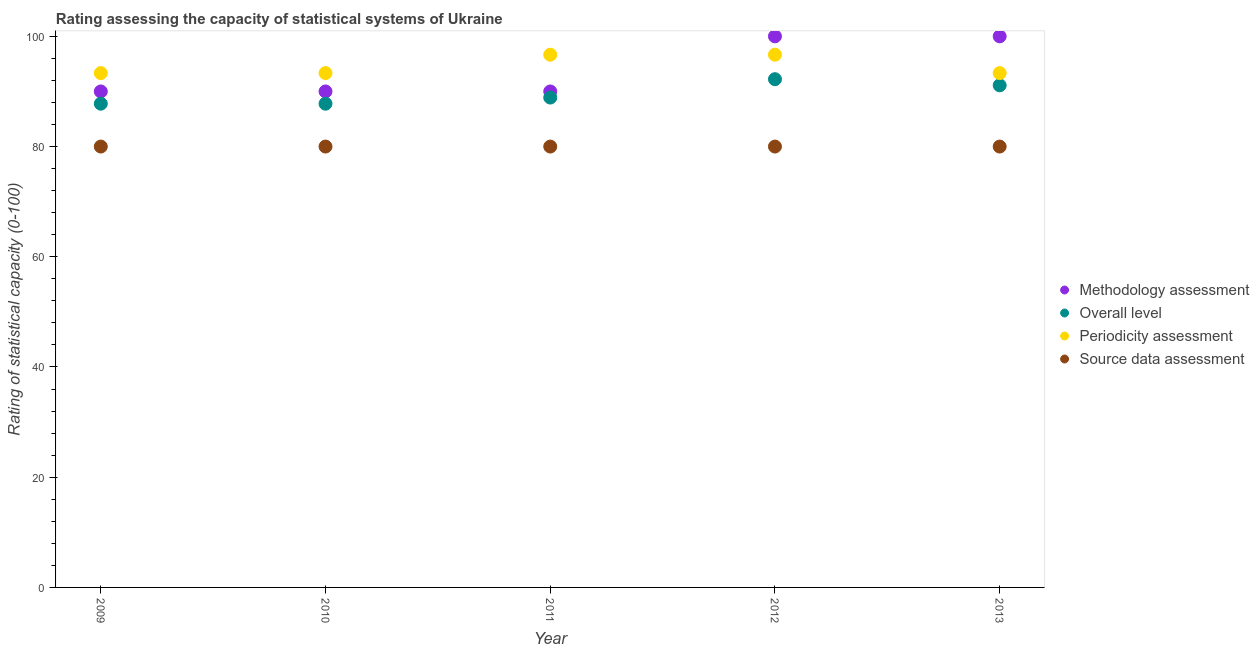
| Year | Methodology assessment | Overall level | Periodicity assessment | Source data assessment |
 | --- | --- | --- | --- | --- |
 | 2009 | 90 | 87.8 | 93.3 | 80 |
 | 2010 | 90 | 87.8 | 93.3 | 80 |
 | 2011 | 90 | 88.9 | 96.7 | 80 |
 | 2012 | 100 | 92.2 | 96.7 | 80 |
 | 2013 | 100 | 91.1 | 93.3 | 80 |